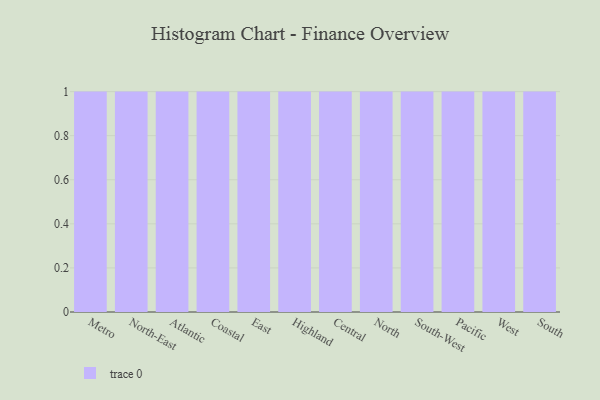
{"axis": {"x": "Region", "y": "Headcount"}, "legend": [""], "data": [{"x": "Metro", "y": 81, "type": ""}, {"x": "North-East", "y": 52, "type": ""}, {"x": "Atlantic", "y": 18, "type": ""}, {"x": "Coastal", "y": 100, "type": ""}, {"x": "East", "y": 29, "type": ""}, {"x": "Highland", "y": 68, "type": ""}, {"x": "Central", "y": 36, "type": ""}, {"x": "North", "y": 26, "type": ""}, {"x": "South-West", "y": 75, "type": ""}, {"x": "Pacific", "y": 2, "type": ""}, {"x": "West", "y": 54, "type": ""}, {"x": "South", "y": 8, "type": ""}]}